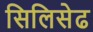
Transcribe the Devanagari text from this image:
सिलिसेढ